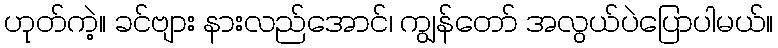
ဟုတ်ကဲ့။ ခင်ဗျား နားလည်အောင်၊ ကျွန်တော် အလွယ်ပဲပြောပါမယ်။